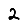
Digit: 2